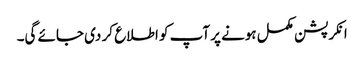
انکرپشن مکمل ہونے پر آپ کو اطلاع کر دی جائے گی۔